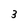
Character: 3